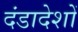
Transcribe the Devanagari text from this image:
दंडादेशों